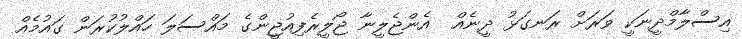
އިސްލާމްދީނަކީ ވަރަށް ރަނގަޅު ދީނެއް  އެންޖެލީނާ ޖޯލީރެފިއުޖީންގެ މައްސަލަ ހައްލުކުރަން ގައުމެއް